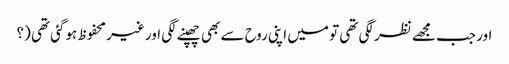
اور جب مجھے نظر لگی تھی تو میں اپنی روح سے بھی چھپنے لگی اور غیر محفوظ ہوگئی تھی (؟